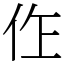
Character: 㑅